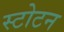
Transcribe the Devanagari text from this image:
स्टोटन